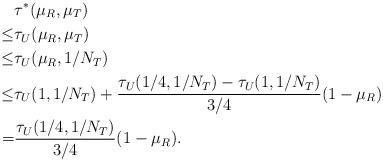
LaTeX: \begin{align*}&\tau^*(\mu_R,\mu_T)\\\le &\tau_U(\mu_R,\mu_T)\\\le &\tau_U(\mu_R,1/N_T)\\\le &\tau_U(1,1/N_T)+\frac{\tau_U(1/4,1/N_T)-\tau_U(1,1/N_T)}{3/4}(1-\mu_R)\\=&\frac{\tau_U(1/4,1/N_T)}{3/4}(1-\mu_R).\end{align*}